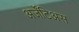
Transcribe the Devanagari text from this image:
अर्जेंटिअस